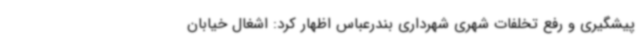
پیشگیری و رفع تخلفات شهری شهرداری بندرعباس اظهار کرد: اشغال خیابان